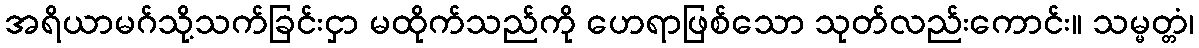
အရိယာမဂ်သို့သက်ခြင်းငှာ မထိုက်သည်ကို ဟေရာဖြစ်သော သုတ်လည်းကောင်း။ သမ္မတ္တံ၊